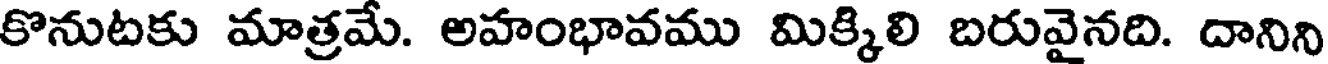
కొనుటకు మాత్రమే. అహంభావము మిక్కిలి బరువైనది. దానిని